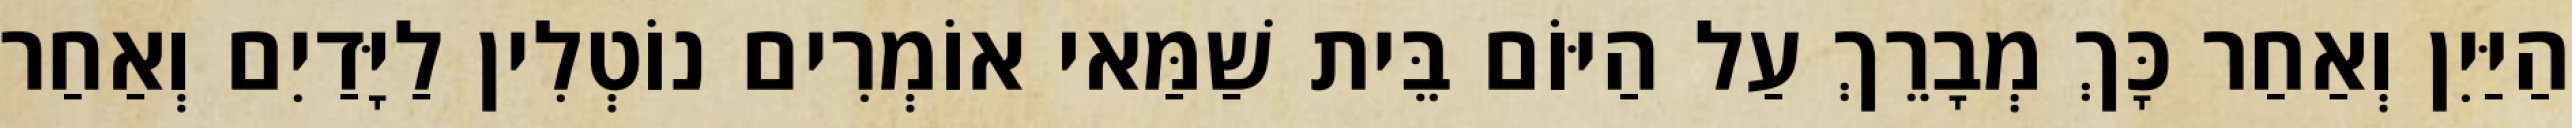
הַיַּיִן וְאַחַר כָּךְ מְבָרֵךְ עַל הַיּוֹם בֵּית שַׁמַּאי אוֹמְרִים נוֹטְלִין לַיָּדַיִם וְאַחַר